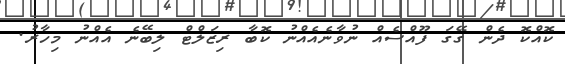
ކޮއްކޮ ދެން ގޭގަ ފޫއްސެއް ނުވާނެއެއްނު ކޮބާ ރިޒަލްޓް ލިބޭނެ އެއްނު މިހާރު.